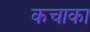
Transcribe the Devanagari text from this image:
कचाका